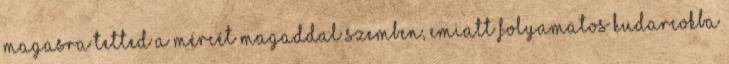
magasra tetted a mércét magaddal szemben, emiatt folyamatos kudarcokba